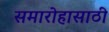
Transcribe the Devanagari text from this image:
समारोहासाठी